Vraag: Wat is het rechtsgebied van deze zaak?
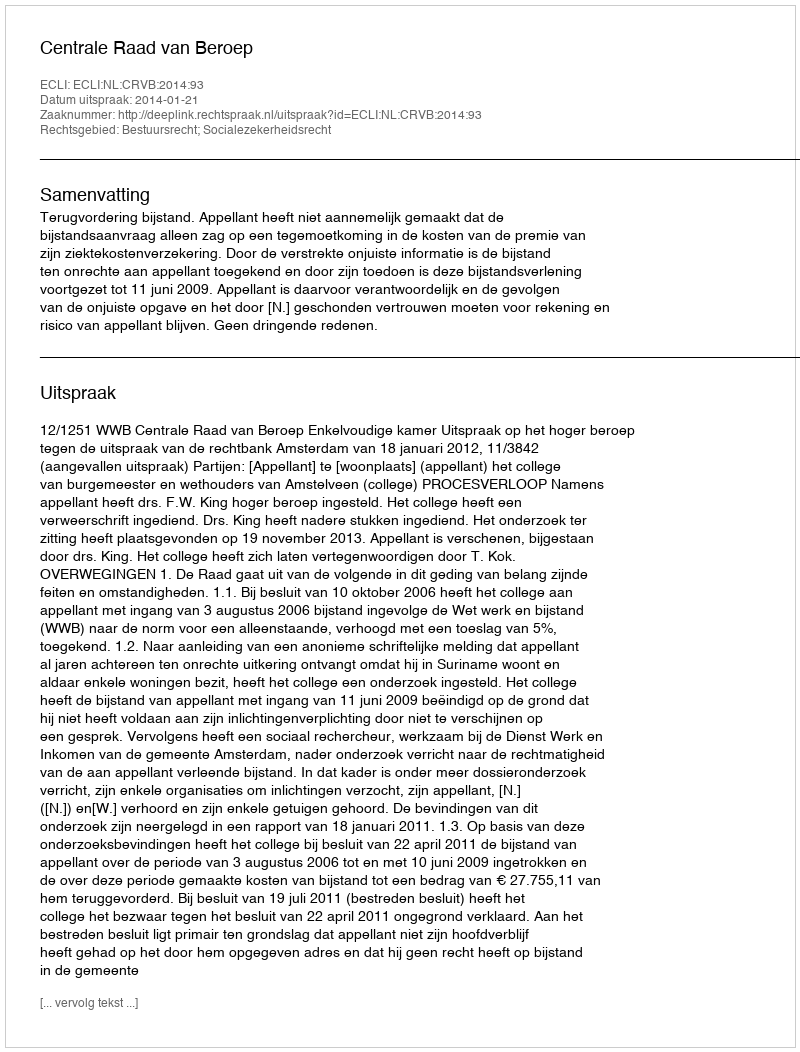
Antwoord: Bestuursrecht; Socialezekerheidsrecht